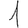
Digit: 1